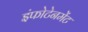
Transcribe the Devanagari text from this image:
इंफोटेनमेंट